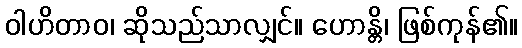
ဝါဟိတာဝ၊ ဆိုသည်သာလျှင်။ ဟောန္တိ၊ ဖြစ်ကုန်၏။